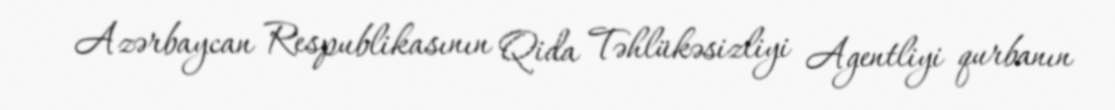
Azərbaycan Respublikasının Qida Təhlükəsizliyi Agentliyi qurbanın